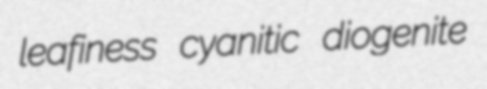
leafiness cyanitic diogenite